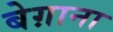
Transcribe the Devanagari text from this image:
बेग़ाना